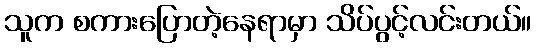
သူက စကားပြောတဲ့နေရာမှာ သိပ်ပွင့်လင်းတယ်။